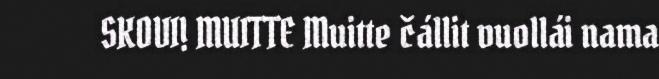
SKOVI! MUITTE Muitte čállit vuollái nama